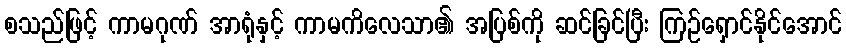
စသည်ဖြင့် ကာမဂုဏ် အာရုံနှင့် ကာမကိလေသာ၏ အပြစ်ကို ဆင်ခြင်ပြီး ကြဉ်ရှောင်နိုင်အောင်